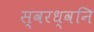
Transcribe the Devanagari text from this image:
स्वरध्वनि